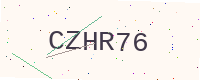
Text: CZHR76